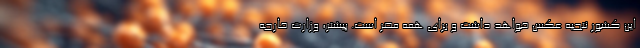
این کشور نتجیه عکس خواهد داشت و برای همه مضر است. پیشتر، وزارت خارجه